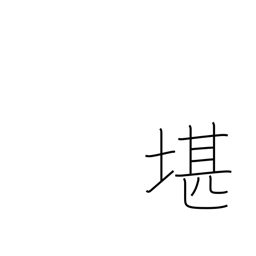
Meaning: withstand